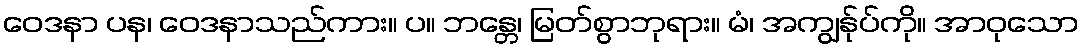
ဝေဒနာ ပန၊ ဝေဒနာသည်ကား။ ပ။ ဘန္တေ၊ မြတ်စွာဘုရား။ မံ၊ အကျွန်ုပ်ကို။ အာဝုသော